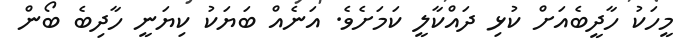
މީހަކު ހާދީބެއަށް ކުޅި ދައްކާލީ ކަމަށެވެ. އަނެއް ބަޔަކު ކިޔަނީ ހާދިބެ ބޯން